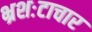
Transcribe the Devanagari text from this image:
भ्रशःटाचार